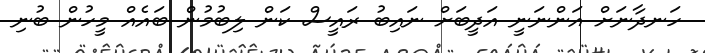
ހަނދާނަށް އަންނަނީ އަދީބަށް ނައިބު ރައީސް ކަން ލިބުމުން ބައެއް މީހުން ބުނި